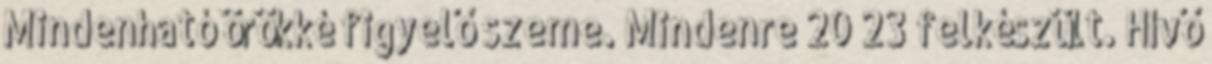
Mindenható örökké figyelő szeme. Mindenre 20 23 felkészült. Hívő